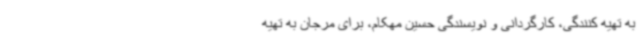
به تهیه کنندگی، کارگردانی و نویسندگی حسین مهکام، برای مرجان به تهیه